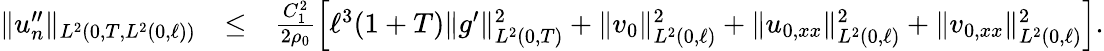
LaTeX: \begin{array}{rlr}{\Vert u_{n}^{\prime\prime}\Vert_{L^{2}(0,T,L^{2}(0,\ell))}}&{\leq}&{\frac{C_{1}^{2}}{2\rho_{0}}\Big[\ell^{3}(1+T)\Vert g^{\prime}\Vert_{L^{2}(0,T)}^{2}+\Vert v_{0}\Vert_{L^{2}(0,\ell)}^{2}+\Vert u_{0,xx}\Vert_{L^{2}(0,\ell)}^{2}+\Vert v_{0,xx}\Vert_{L^{2}(0,\ell)}^{2}\Big].}\end{array}